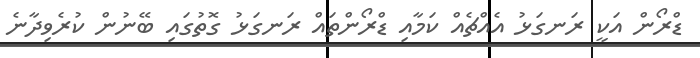
ޑްރޯން އަކީ ރަނގަޅު އެއްޗެއް ކަމާއި ޑްރޯންތައް ރަނގަޅު ގޮތުގައި ބޭނުން ކުރެވިދާނެ